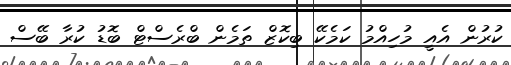
ކުރުން އެއީ މުހިއްމު ކަމެކޭ ބިކޮޒް ތަމެން ބްރެސްޓް ބޮޑު ކުރާ ބޭސް